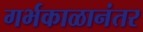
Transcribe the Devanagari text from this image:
गर्भकाळानंतर